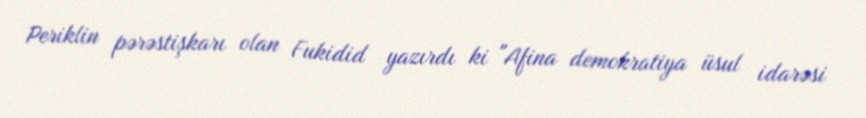
Periklin pərəstişkarı olan Fukidid yazırdı ki "Afina demokratiya üsul idarəsi